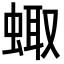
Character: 𧌗